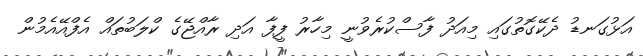
އަޅުގަނޑު ދެކޭގޮތުގައި މިއަދު ފާސްކުރެވުނީ މިހާރު ފީފާ އަދި ރާއްޖޭގެ ކްލަބުތައް އެފްއޭއެމުން